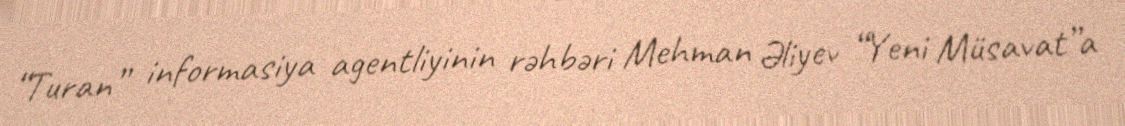
“Turan” informasiya agentliyinin rəhbəri Mehman Əliyev “Yeni Müsavat”a